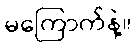
မကြောက်နဲ့။